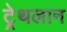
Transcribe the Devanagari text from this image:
ट्रेथलान